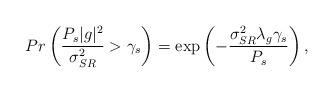
LaTeX: \begin{align*}Pr\left(\frac{P_s|g|^2}{\sigma_{SR}^2} > \gamma_s\right) = \exp\left(-\frac{\sigma_{SR}^2\lambda_g \gamma_s}{P_s}\right),\end{align*}